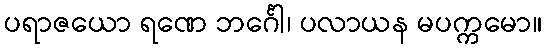
ပရာဇယော ရဏေ ဘင်္ဂေါ၊ ပလာယန မပက္ကမော။